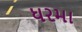
ધરમા